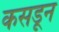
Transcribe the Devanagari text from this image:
कसडून